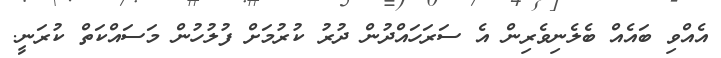
އެއްވި ބައެއް ބެލެނިވެރިން އެ ސަރަހައްދުން ދުރު ކުރުމަށް ފުލުހުން މަސައްކަތް ކުރަނީ.